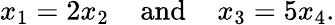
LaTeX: x_{1}=2x_{2}\; \; \; \; {\mathrm{and}}\; \; \; \; x_{3}=5x_{4}.